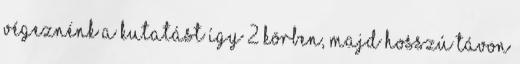
végeznénk a kutatást így 2 körben, majd hosszú távon